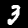
Label: 3